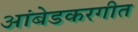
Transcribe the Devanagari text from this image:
आंबेडकरगीत